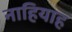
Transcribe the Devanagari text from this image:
नाहियाह